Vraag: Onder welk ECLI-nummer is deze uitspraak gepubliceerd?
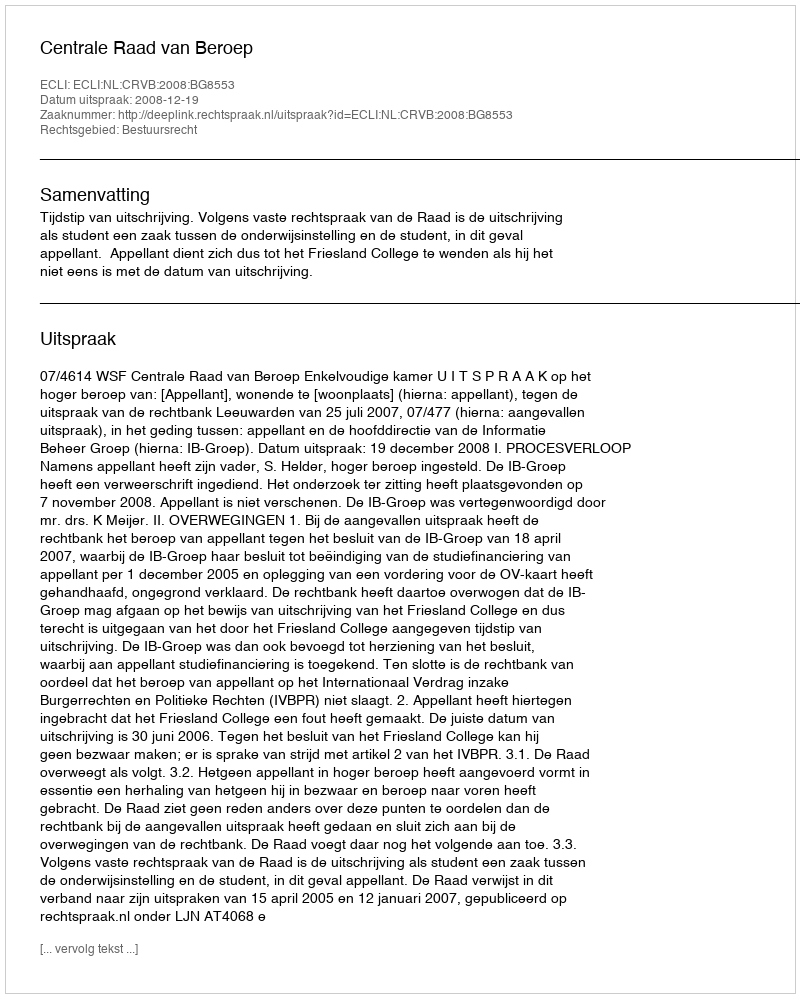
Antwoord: ECLI:NL:CRVB:2008:BG8553